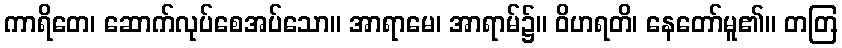
ကာရိတေ၊ ဆောက်လုပ်စေအပ်သော။ အာရာမေ၊ အာရာမ်၌။ ဝိဟရတိ၊ နေတော်မူ၏။ တတြ